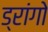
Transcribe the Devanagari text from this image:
ड्रांगो